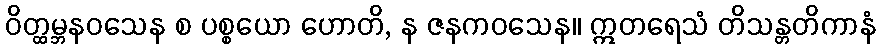
ဝိတ္ထမ္ဘနဝသေန စ ပစ္စယော ဟောတိ, န ဇနကဝသေန။ ဣတရေသံ တိသန္တတိကာနံ